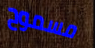
مسموح